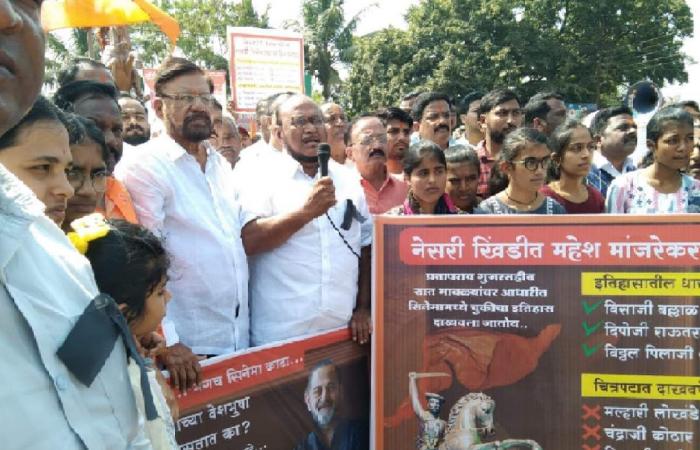
Language: marathi
Transcription: खिंडीत महेश मांजरेकर नेसरी विठ्ठल इतिहासातील दिपोजी